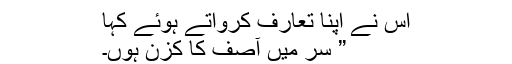
اس نے اپنا تعارف کرواتے ہوئے کہا
” سر میں آصف کا کزن ہوں۔